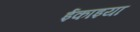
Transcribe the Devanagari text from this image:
ईकाइया